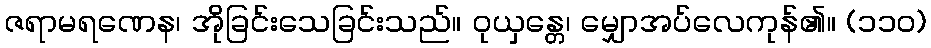
ဇရာမရဏေန၊ အိုခြင်းသေခြင်းသည်။ ဝုယှန္တေ၊ မျှောအပ်လေကုန်၏။ (၁၁၀)